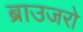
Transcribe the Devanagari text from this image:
ब्राउजरो